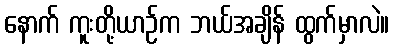
နောက် ကူးတို့ယာဉ်က ဘယ်အချိန် ထွက်မှာလဲ။